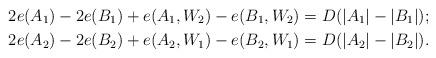
LaTeX: \begin{align*}2e(A_1) - 2e(B_1) + e(A_1,W_2) - e(B_1,W_2) &= D(|A_1|-|B_1|);\\ 2e(A_2) - 2e(B_2) + e(A_2,W_1) - e(B_2,W_1) &= D(|A_2|-|B_2|).\end{align*}